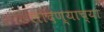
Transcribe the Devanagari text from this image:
लादण्याच्या